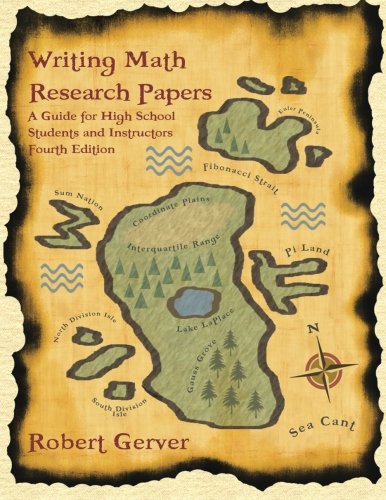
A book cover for Writing Math Research Papers - 4th Edition: A Guide for High School Students and Instructors; Robert Gerver; Science & Math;